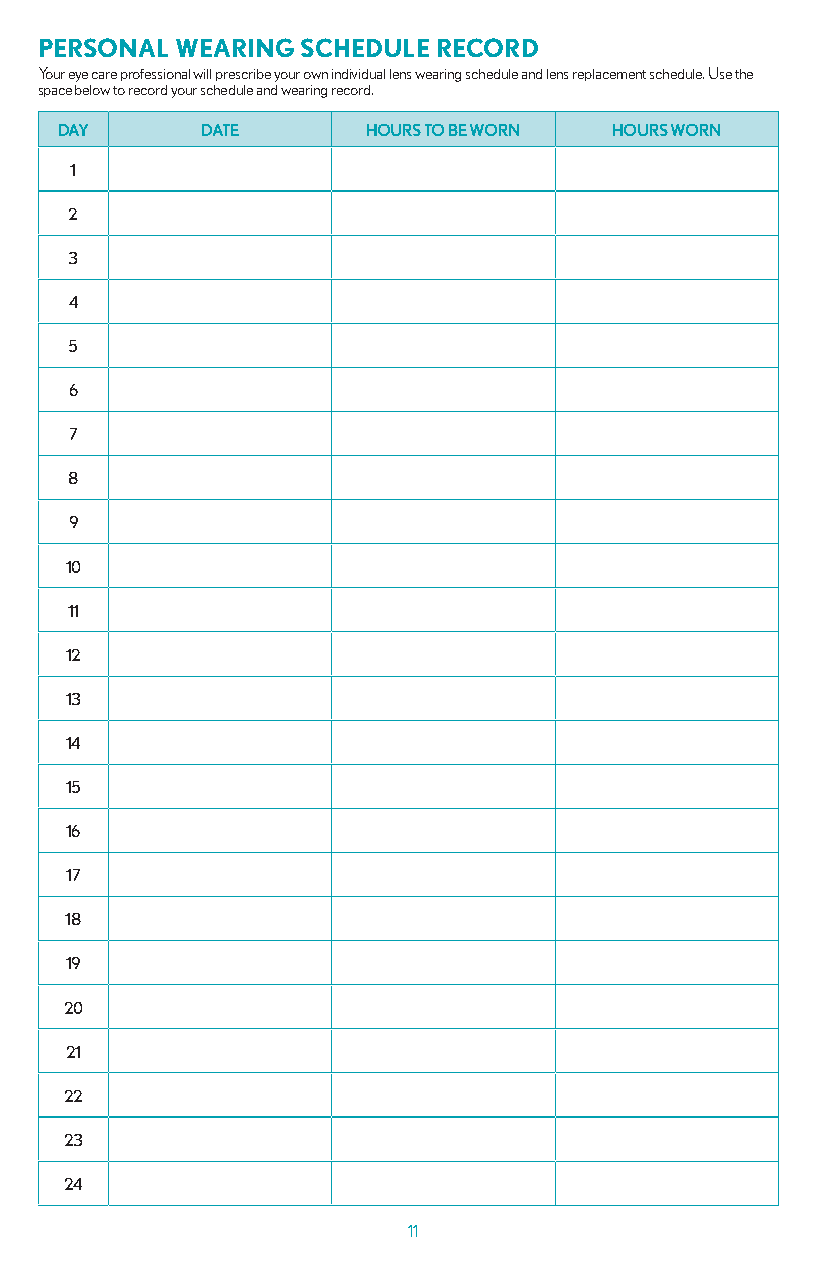
PERSONAl  WEARING SCHEDulE RECORD
 Your eye care professional will prescribe your own individual lens wearing schedule and lens replacement schedule. Use the
 space below to record your schedule and wearing record.
 DAY      DATE       HOURS TO BE WORN HOURS WORN
 1
 2
 3
 4
 5
 6
 7
 8
 9
 10
 11
 12
 13
 14
 15
 16
 17
 18
 19
 20
 21
 22
 23
 24
 11